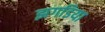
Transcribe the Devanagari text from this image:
झगडिया